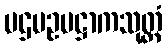
ပဌမဥပဋ္ဌာကသုတ္တံ